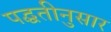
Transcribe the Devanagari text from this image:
पद्घतीनुसार